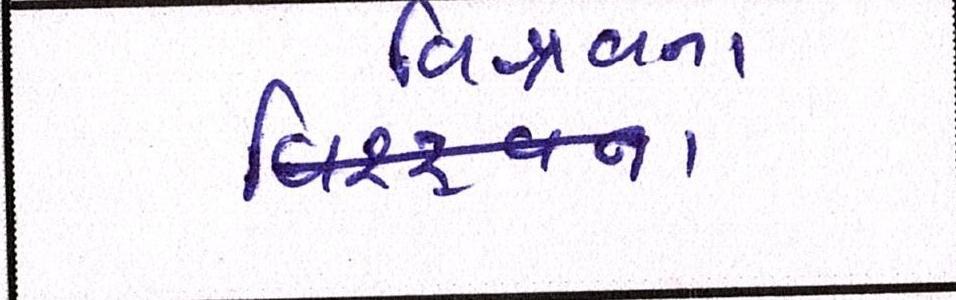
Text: વિશ્ર્વના